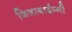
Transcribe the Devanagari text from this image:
जिजाबाईम्नी